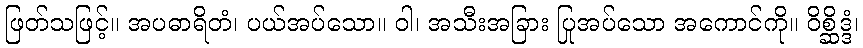
ဖြတ်သဖြင့်။ အပဓာရိတံ၊ ပယ်အပ်သော။ ဝါ၊ အသီးအခြား ပြုအပ်သော အကောင်ကို။ ဝိစ္ဆိဒ္ဒံ၊